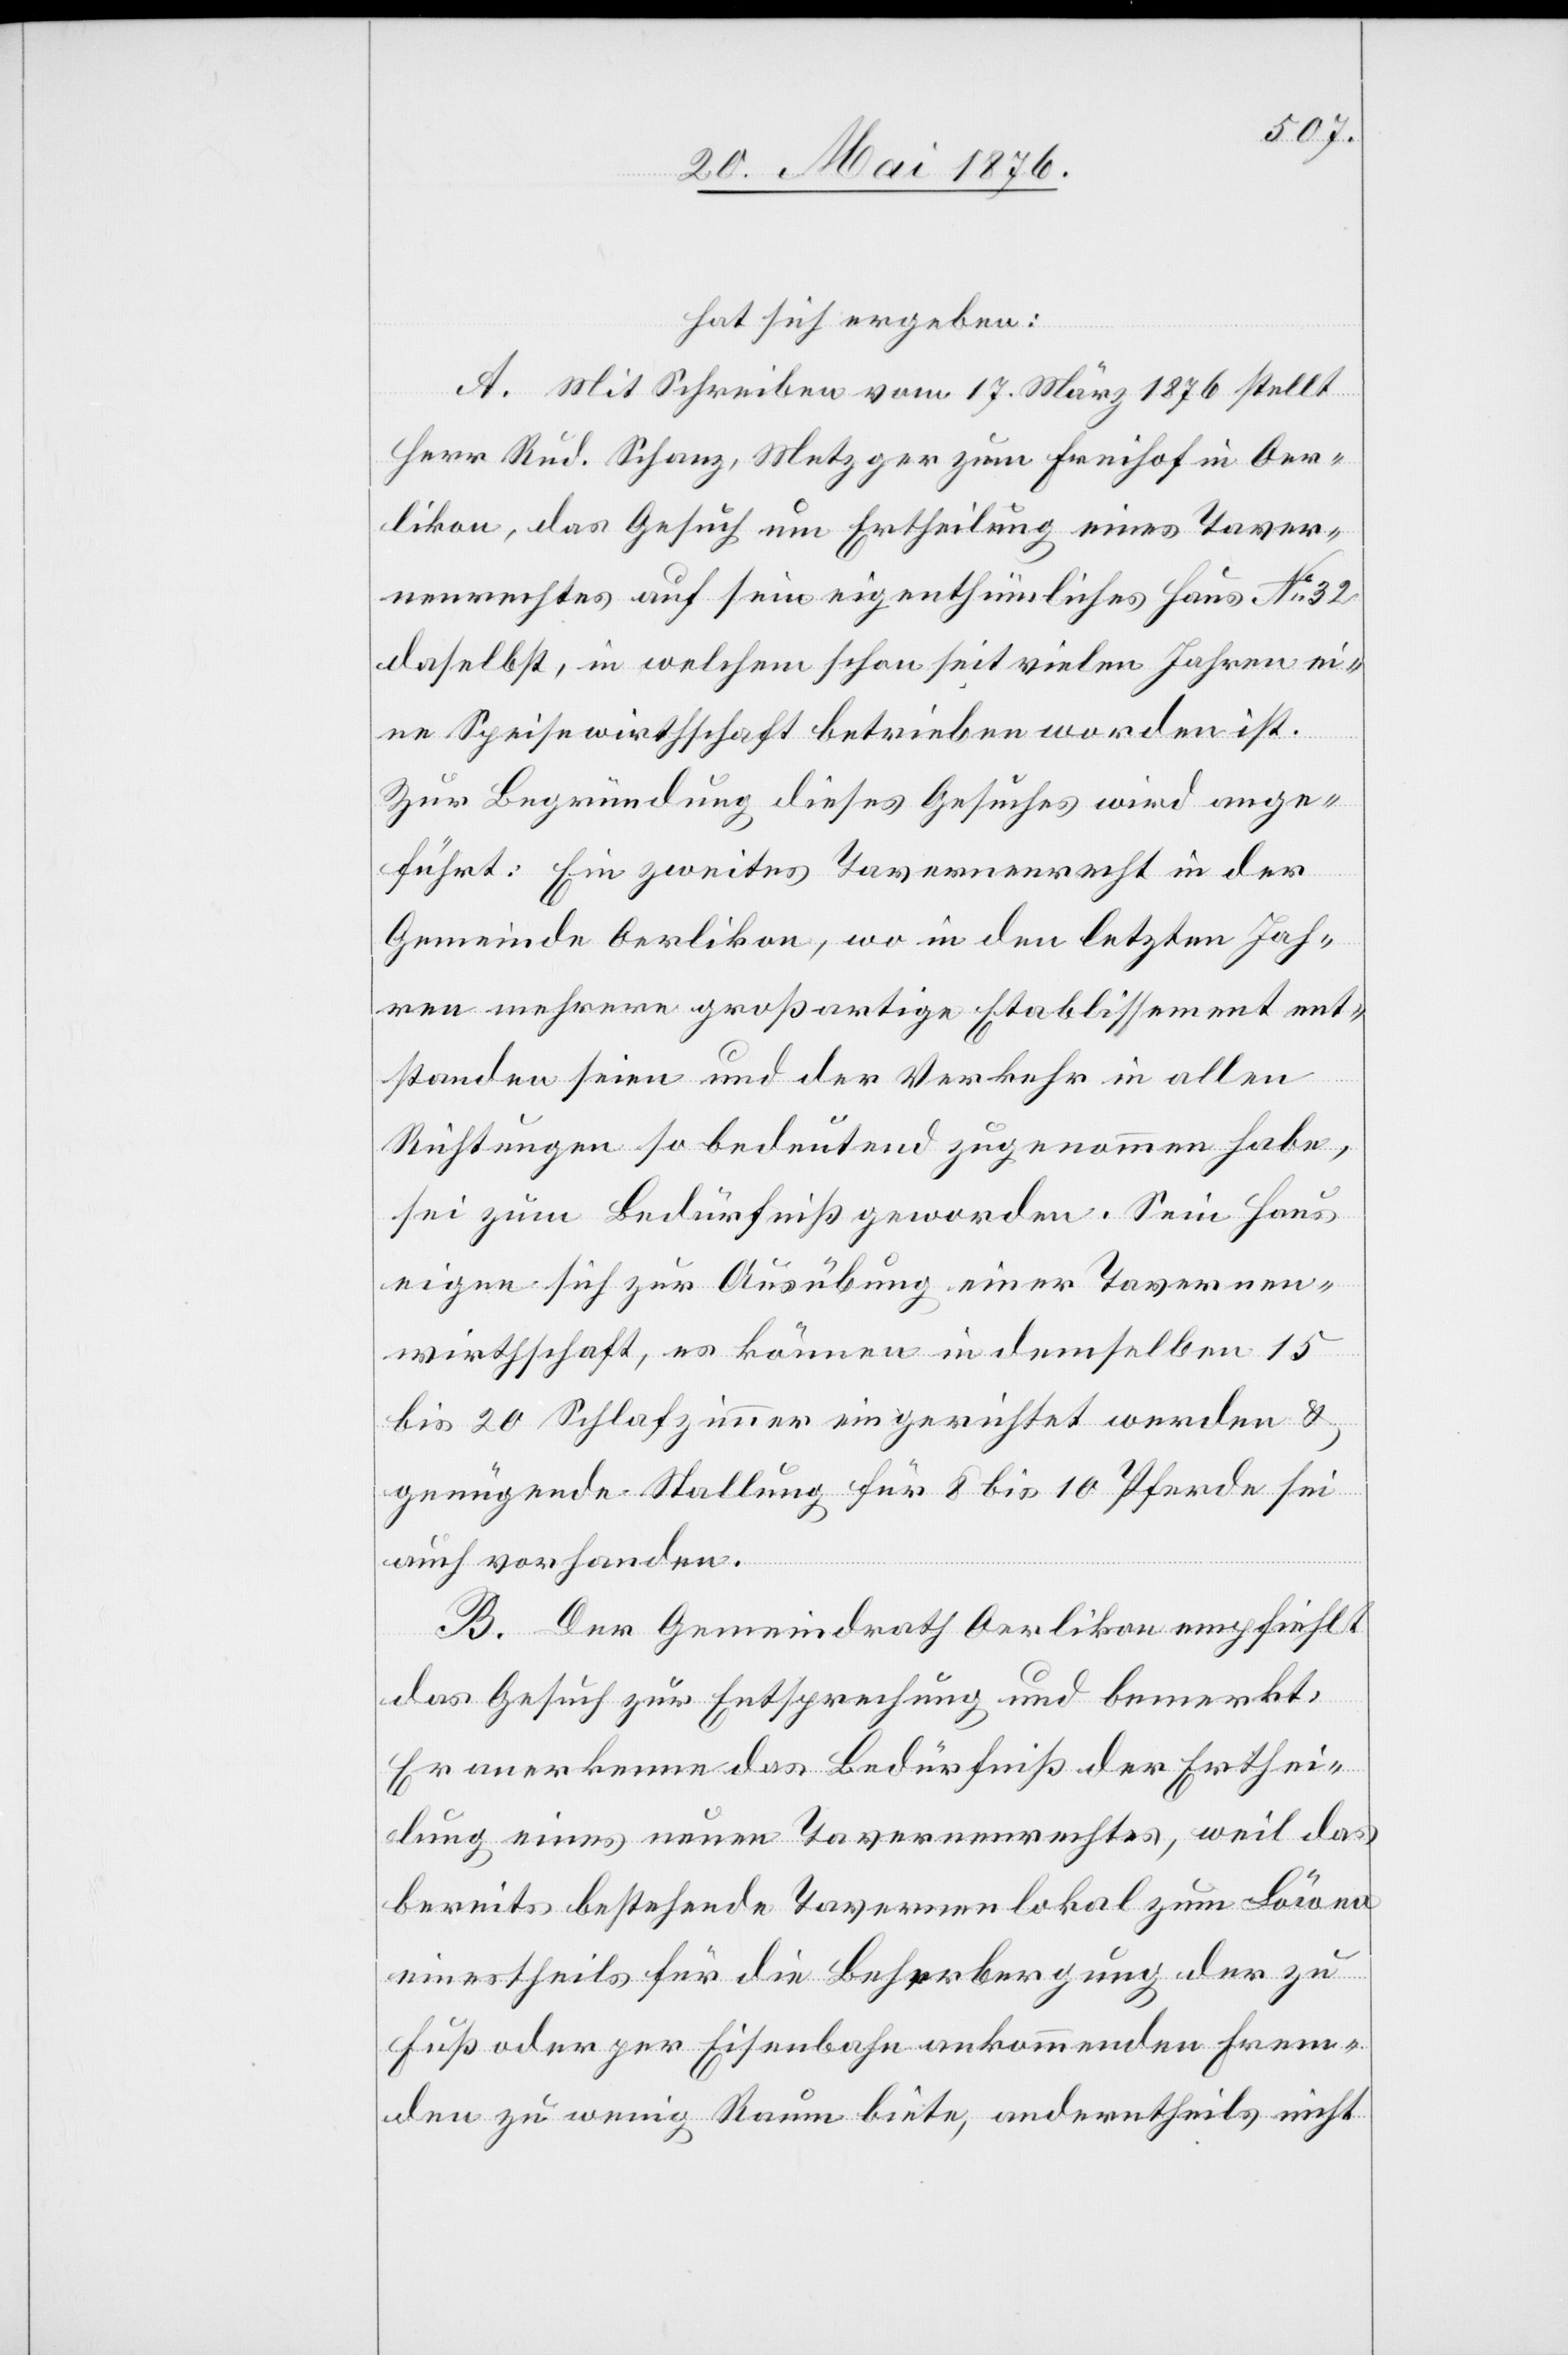
hat sich ergeben:
A. Mit Schreiben vom 17. März 1876 stellt
Herr Rud. Schanz, Metzger zum Freihof in Oer¬
likon, das Gesuch um Ertheilung eines Taver¬
nenrechtes auf sein eigenthümliches Haus No 32
daselbst, in welchem schon seit vielen Jahren ei¬
ne Speisewirthschaft betrieben worden ist.
Zur Begründung dieses Gesuches wird ange¬
führt: Ein zweites Tavernenrecht in der
Gemeinde Oerlikon, wo in den letzten Jah¬
ren mehrere großartige Etablissements ent¬
standen seien und der Verkehr in allen
Richtungen so bedeutend zugenommen habe,
sei zum Bedürfniß geworden. Sein Haus
eigne sich zur Ausübung einer Tavernen¬
wirthschaft, es können in demselben 15
bis 20 Schlafzimmer eingerichtet werden &
genügende Stellung für 8 bis 10 Pferde sei
auch vorhanden.
B. Der Gemeindrath Oerlikon empfiehlt
das Gesuch zur Entsprechung und bemerkt:
Er anerkenne das Bedürfniß der Erthei¬
lung eines neuen Tavernenrechtes, weil das
bereits bestehende Tavernenlokal zum Löwen
einestheils für die Beherbergung der zu
Fuß oder per Eisenbahn ankommenden Frem¬
den zu wenig Raum biete, andertheils nicht